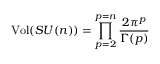
\mathrm { V o l } ( S U ( n ) ) = \prod _ { p = 2 } ^ { p = n } \frac { 2 \pi ^ { p } } { \Gamma ( p ) }